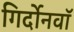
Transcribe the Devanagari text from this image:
गिर्दोनवाॅ